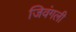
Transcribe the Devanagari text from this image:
जिवंगली